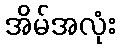
အိမ်အလုံး